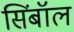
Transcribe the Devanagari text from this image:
सिंबॉल